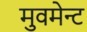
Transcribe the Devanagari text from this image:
मुवमेन्ट